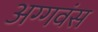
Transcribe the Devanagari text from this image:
अग्गवंस